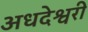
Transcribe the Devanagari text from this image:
अधदेश्वरी